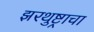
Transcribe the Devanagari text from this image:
झरथुष्ट्राचा